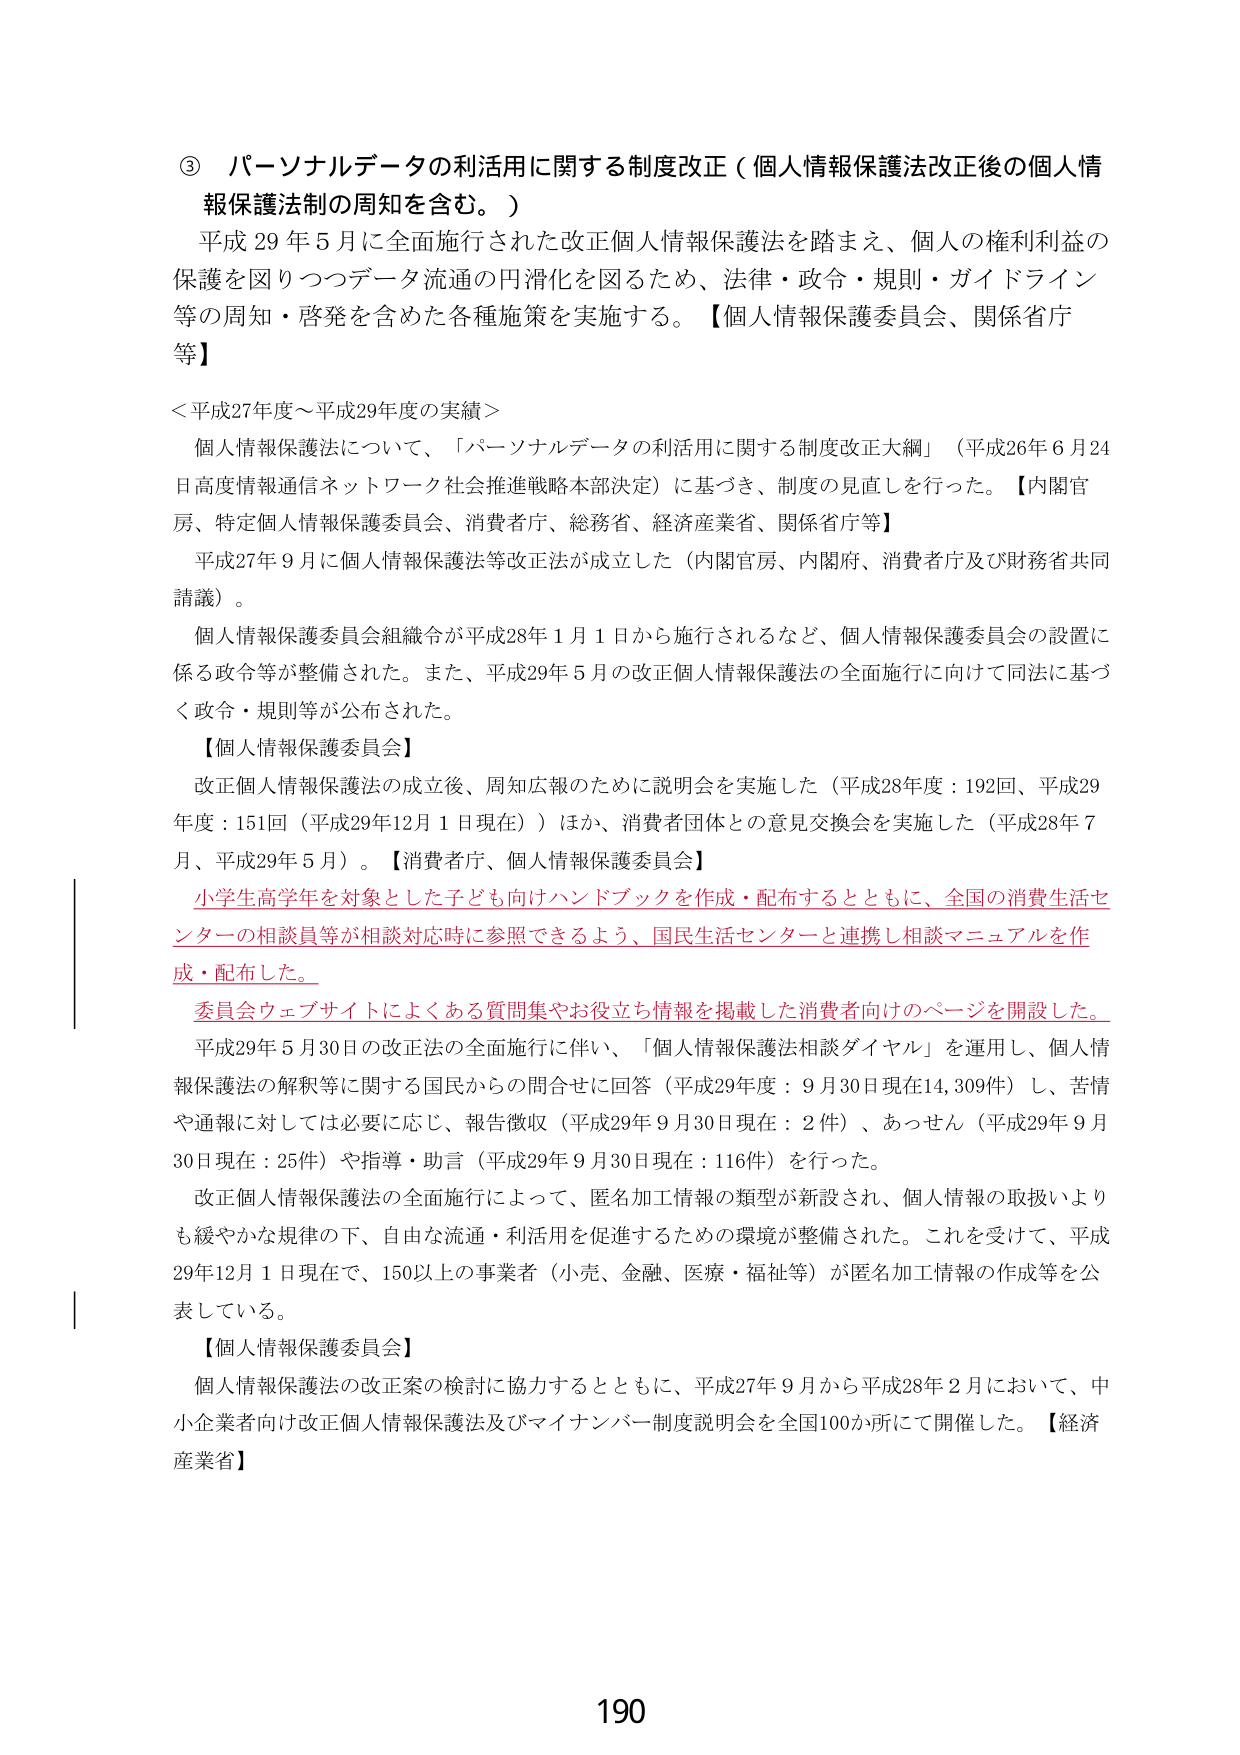
③ パーソナルデータの利活用に関する制度改正（個人情報保護法改正後の個人情報保護法制の周知を含む。）

平成29年5月に全面施行された改正個人情報保護法を踏まえ、個人の権利利益の保護を図りつつデータ流通の円滑化を図るため、法律・政令・規則・ガイドライン等の周知・啓発を含めた各種施策を実施する。【個人情報保護委員会、関係省庁等】

＜平成27年度～平成29年度の実績＞

個人情報保護法について、「パーソナルデータの利活用に関する制度改正大綱」（平成26年6月24日高度情報通信ネットワーク社会推進戦略本部決定）に基づき、制度の見直しを行った。【内閣官房、特定個人情報保護委員会、消費者庁、総務省、経済産業省、関係省庁等】

平成27年9月に個人情報保護法等改正法が成立した（内閣官房、内閣府、消費者庁及び財務省共同請議）。

個人情報保護委員会組織令が平成28年1月1日から施行されるなど、個人情報保護委員会の設置に係る政令等が整備された。また、平成29年5月の改正個人情報保護法の全面施行に向けて同法に基づく政令・規則等が公布された。

【個人情報保護委員会】

改正個人情報保護法の成立後、周知広報のために説明会を実施した（平成28年度：192回、平成29年度：151回（平成29年12月1日現在））ほか、消費者団体との意見交換会を実施した（平成28年7月、平成29年5月）。【消費者庁、個人情報保護委員会】

小学生高学年を対象とした子ども向けハンドブックを作成・配布するとともに、全国の消費生活センターの相談員等が相談対応時に参照できるよう、国民生活センターと連携し相談マニュアルを作成・配布した。

委員会ウェブサイトによくある質問集やお役立ち情報を掲載した消費者向けのページを開設した。

平成29年5月30日の改正法の全面施行に伴い、「個人情報保護法相談ダイヤル」を運用し、個人情報保護法の解釈等に関する国民からの問合せに回答（平成29年度：9月30日現在14,309件）し、苦情や通報に対しては必要に応じ、報告徴収（平成29年9月30日現在：2件）、あっせん（平成29年9月30日現在：25件）や指導・助言（平成29年9月30日現在：116件）を行った。

改正個人情報保護法の全面施行によって、匿名加工情報の類型が新設され、個人情報の取扱いよりも緩やかな規律の下、自由な流通・利活用を促進するための環境が整備された。これを受けて、平成29年12月1日現在で、150以上の事業者（小売、金融、医療・福祉等）が匿名加工情報の作成等を公表している。

【個人情報保護委員会】

個人情報保護法の改正案の検討に協力するとともに、平成27年9月から平成28年2月において、中小企業者向け改正個人情報保護法及びマイナンバー制度説明会を全国100か所にて開催した。【経済産業省】

190